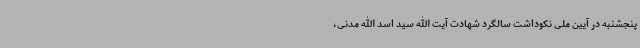
پنجشنبه در آیین ملی نکوداشت سالگرد شهادت آیت الله سید اسد الله مدنی،